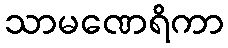
သာမဏေရိကာ